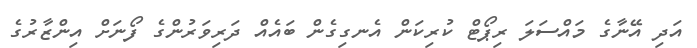
އަދި އޭނާގެ މައްސަލަ ރިޕޯޓް ކުރިކަން އެނގިގެން ބައެއް ދަރިވަރުންގެ ފޯނަށް އިންޒާރުގެ